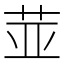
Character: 𱽛